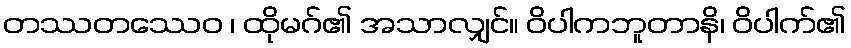
တဿတဿေဝ ၊ ထိုမဂ်၏ အသာလျှင်။ ဝိပါကဘူတာနိ၊ ဝိပါက်၏